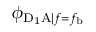
\phi _ { \mathrm { D _ { 1 } A } | f = f _ { \mathrm { b } } }